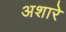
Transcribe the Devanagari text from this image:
अशारे